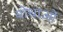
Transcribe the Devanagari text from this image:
योधाओं